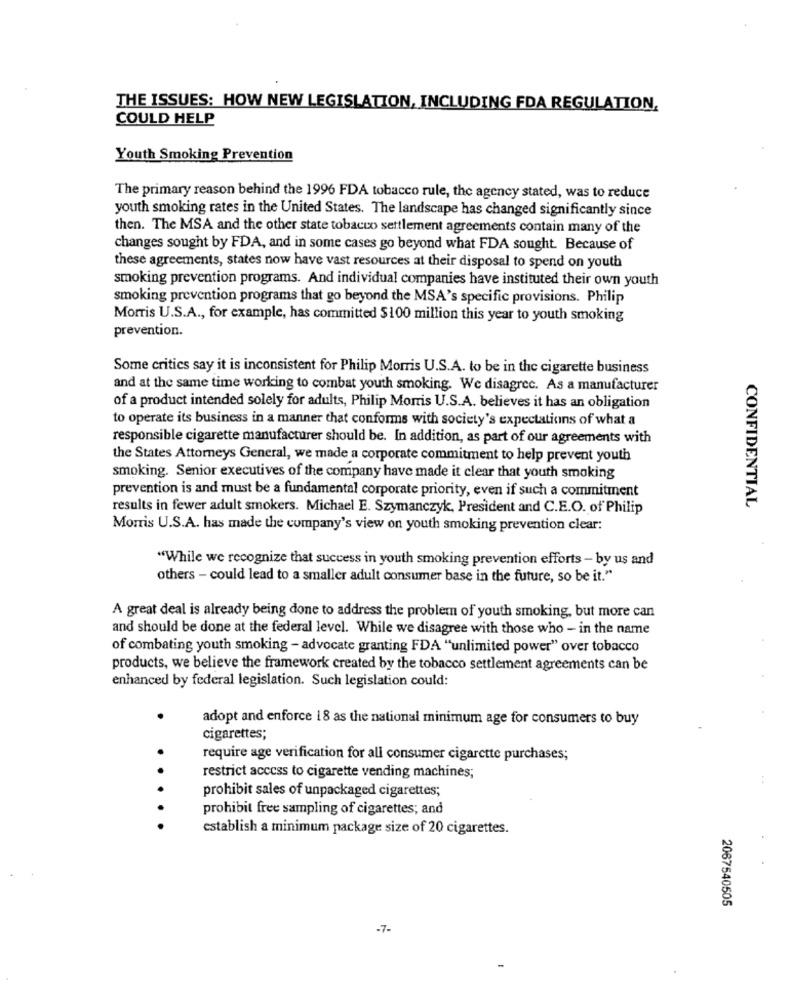
THE ISSUES: HOW NEW LEGISLATION, INCLUDING FDA REGULATION,
COULD HELP
Youth Smoking Prevention
The primary reason behind the 1996 FDA tobacco rule, the agency stated, was to reduce
youth smoking rates in the United States. The landscape has changed significantly since
then. The MSA and the other state tobacco settlement agreements contain many of the
changes sought by FDA, and in some cases go beyond what FDA sought. Because of
these agreements, states now have vast resources at their disposal to spend on youth
smoking prevention programs. And individual companies have instituted their own youth
smoking prevention programs that go beyond the MSA's specific provisions. Philip
Morris U.S.A ., for example, has committed $100 million this year to youth smoking
prevention.
Some critics say it is inconsistent for Philip Morris U.S.A. to be in the cigarette business
and at the same time working to combat youth smoking. We disagree. As a manufacturer
of a product intended solely for adults, Philip Morris U.S.A. believes it has an obligation
to operate its business in a manner that conforms with society's expectations of what a
responsible cigarette manufacturer should be. In addition, as part of our agreements with
the States Attorneys General, we made a corporate commitment to help prevent youth
smoking. Senior executives of the company have made it clear that youth smoking
prevention is and must be a fundamental corporate priority, even if such a commitment
results in fewer adult smokers. Michael E. Szymanczyk, President and C.E.O. of Philip
CONFIDENTIAL
Morris U.S.A. has made the company's view on youth smoking prevention clear:
"While we recognize that success in youth smoking prevention efforts - by us and
others - could lead to a smaller adult consumer base in the future, so be it."
A great deal is already being done to address the problem of youth smoking, but more can
and should be done at the federal level. While we disagree with those who - in the name
of combating youth smoking - advocate granting FDA "unlimited power" over tobacco
products, we believe the framework created by the tobacco settlement agreements can be
enhanced by federal legislation. Such legislation could:
adopt and enforce 18 as the national minimum age for consumers to buy
.
cigarettes;
require age verification for all consumer cigarette purchases;
restrict access to cigarette vending machines;
:
.. .
prohibit sales of unpackaged cigarettes;
prohibit free sampling of cigarettes; and
..
establish a minimum package size of 20 cigarettes.
2067540505
-7-